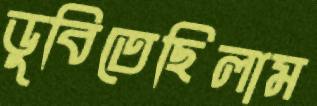
ডুবিতেছিলাম